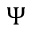
\Psi